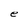
Character: e